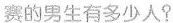
赛的男生有多少人?